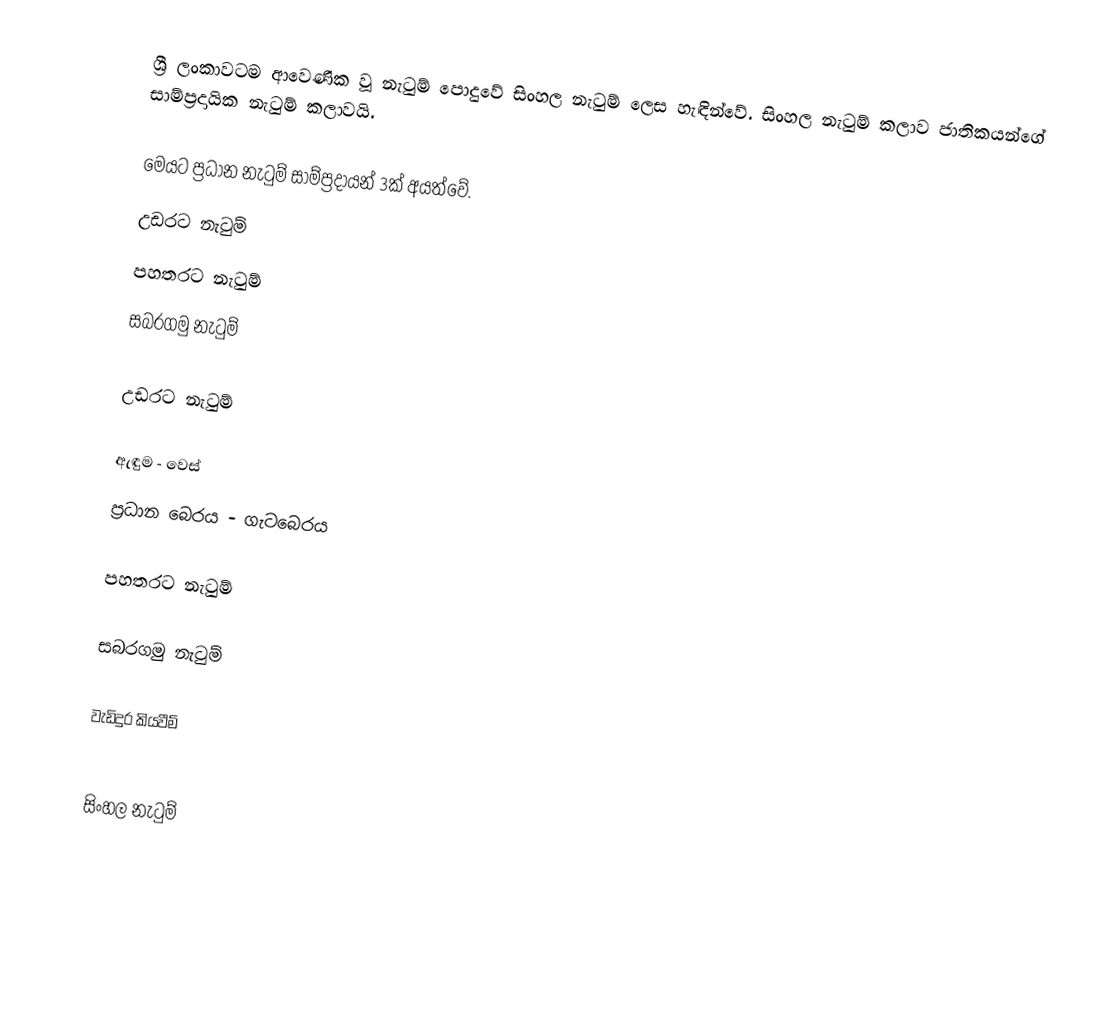
ශ්‍රී ලංකාවටම ආවෙණික වූ නැටුම් පොදුවේ සිංහල නැටුම් ලෙස හැඳින්වේ.  සිංහල නැටුම් කලාව ජාතිකයන්ගේ සාම්ප්‍රදායික නැටුම් කලාවයි.

මෙයට ප්‍රධාන නැටුම් සාම්ප්‍රදායන් 3ක් අයත්වේ.
 උඩරට නැටුම්
 පහතරට නැටුම්
 සබරගමු නැටුම්

උඩරට නැටුම්

 ඇඳුම - වෙස්
 ප්‍රධාන බෙරය - ගැටබෙරය

පහතරට නැටුම්

සබරගමු නැටුම්

වැඩිදුර කියවීම්

සිංහල නැටුම්